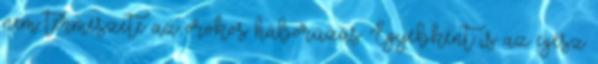
nem természete az örökös háborúzás. Egyébként is az egész